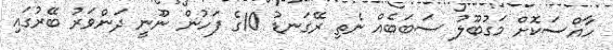
ހާއްސަކޮށް މަގުބޫލު ސަބަބެއް ނެތި ރޭގަނޑު 10ގެ ފަހުން ނޫނީ ދަންވަރު ބޭރުގައި